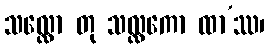
သလ္လော တု သလ္လကော ထာ’ဿ၊